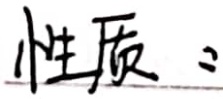
性质：